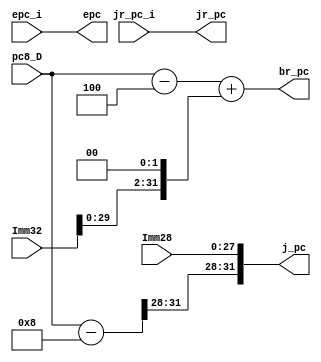
`timescale 1ns / 1ps

module NPC(
	Imm32, Imm28, pc8_D, jr_pc_i, epc_i, 
	br_pc, j_pc, jr_pc, epc);
	
	input [31:0] pc8_D;
	input [31:0] Imm32;
	input [27:0] Imm28;
	input [31:0] jr_pc_i;
	input [31:0] epc_i;
	
	output [31:0] jr_pc;
	output [31:0] br_pc;
	output [31:0] j_pc;
	output [31:0] epc;
	
	wire [31:0] tmp;
	
	assign jr_pc = jr_pc_i;
	assign br_pc = pc8_D - 4 + (Imm32 << 2);
	
	assign tmp = pc8_D - 8;
	assign j_pc = {tmp[31:28], Imm28[27:0]};
	
	assign epc = epc_i;


endmodule